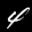
Label: 4